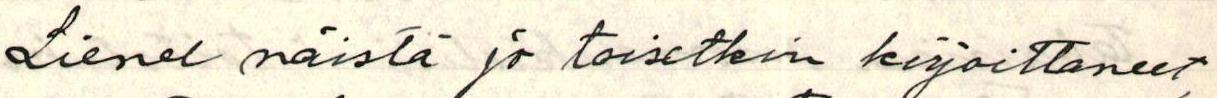
Lienee näistä jo toisetkin kirjoittaneet,